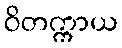
ဝိတက္ကာယ